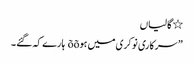
٭ گالیاں
” سرکاری نوکری میں ہوõõ ہارے کہ گئے ۔